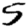
Digit: 5